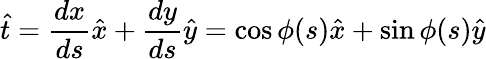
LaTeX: \hat{t}=\frac{dx}{ds}\hat{x}+\frac{dy}{ds}\hat{y}=\cos\phi(s)\hat{x}+\sin\phi(s)\hat{y}